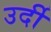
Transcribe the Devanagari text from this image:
उर्दी